Annual report of the Prince of Wales Medical College, Patna
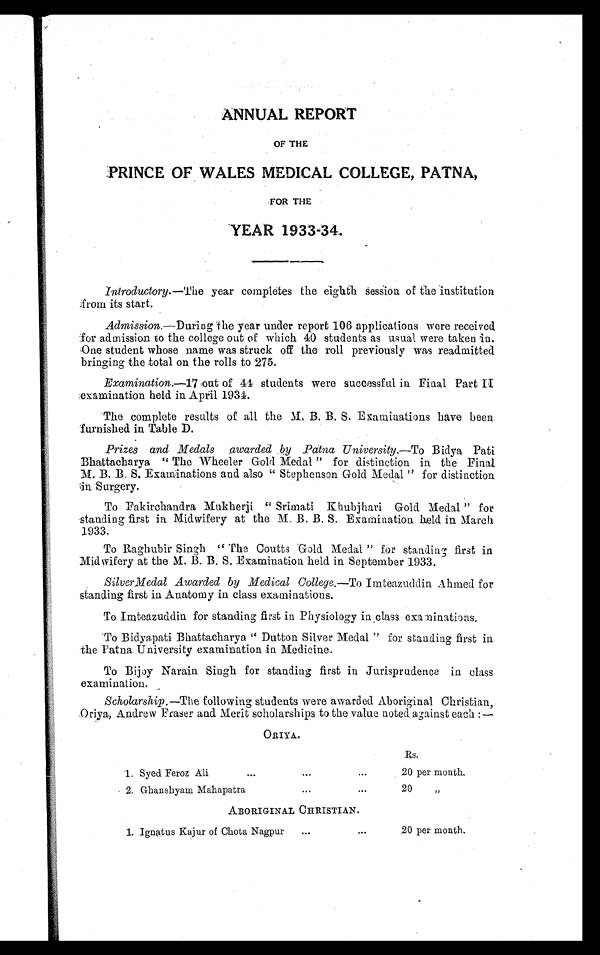
ANNUAL REPORT
OF THE
PRINCE OF WALES MEDICAL COLLEGE, PATNA,
FOR THE
YEAR 1933-34.
Introductory.—The year completes the eighth Session of the institution
from its start.
Admission.—During The year under report 106 applications were received
for admission to the college out of which 40 students as usual were taken in.
One student whose name was struck off the roll previously was readmitted
bringing the total on the rolls to 275.
Examination.—17 out of 44 students were successful in Final Part II
examination held in April 1934.
The complete results of all the M. B. B. S. Examinations have been
furnished in Table D.
Prizes and Medals awarded by Patna University.— To Bi d y a P a t i
Bhattacharya “ The Wheeler Gold Medal ” for distinction in the Final
M. B. B. S. Examinations and also “ Stephenson Gold Medal ” for distinction
in Surgery.
To Fakirchandra Mukherji “ Srimati Khubjhari Gold Medal ” for
standing first in Midwifery at the M. B. B. S. Examination held in March
1933.
To Raghubir Singh “ The Coutts Gold Medal ” for standing first in
Midwifery at the M. B. B. S. Examination held in September 1933.
SilverMedal Awarded by Medical College.—To Imteazuddin Ahmed for
standing first in Anatomy in class examinations.
To Imteazuddin for standing first in Physiology in class examinations.
To Bidyapati Bhattacharya “ Dutton Silver Medal ” for standing first in
the Patna University examination in Medicine.
To Bijoy Narain Singh for standing first in Jurisprudence in class
examination.
Scholarship .—The following students were awarded Aboriginal Christian,
Oriya, Andrew Fraser and Merit scholarships to the value noted against each:—
ORIYA.
Rs.
1. Syed Feroz Ali
...
...
. . .
20 per month.
2. Ghanshyam Mahapatra
...
...
20
„
ABORIGINAL CHRISTIAN.
1. Ignatus Kajur of Chota Nagpur
...
. . .
20 per month.